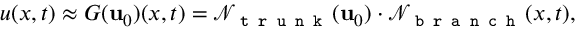
u ( x , t ) \approx G ( \mathbf { u } _ { 0 } ) ( x , t ) = \mathcal { N } _ { \texttt { t r u n k } } ( \mathbf { u } _ { 0 } ) \cdot \mathcal { N } _ { \texttt { b r a n c h } } ( x , t ) ,